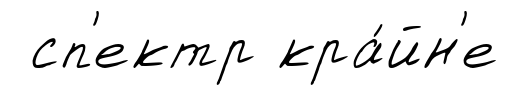
сп'ектр кра́йн'е